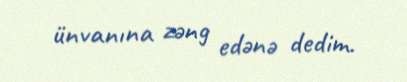
ünvanına zəng edənə dedim.